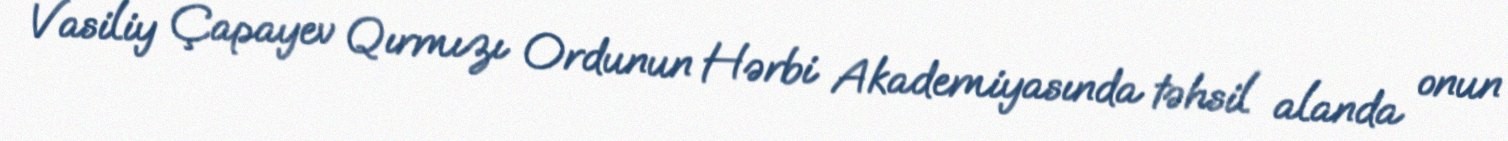
Vasiliy Çapayev Qırmızı Ordunun Hərbi Akademiyasında təhsil alanda onun